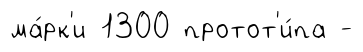
ма́рк'и 1300 протот'и́па -